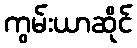
ကွမ်းယာဆိုင်